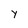
Character: y